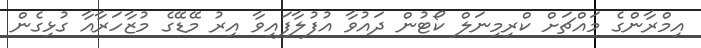
އިމްރާންގެ މައްޗަށް ކްރިމިނަލް ކޯޓުން ދައުވާ އުފުލާފައިވާ އިރު މޭޑޭގެ މުޒާހަރާއާ ގުޅިގެން